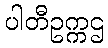
ပါတီဥက္ကဌ